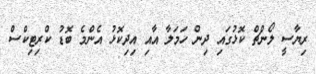
ރިޔާސީ ލޯންޗް ކޮޅުގައި ދިން ހަމަލާ އާއި އިދިކޮޅު އެންމެ ބޮޑު ކްރިޓިކްސް